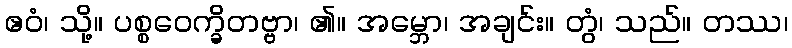
ဧဝံ၊ သို့။ ပစ္စဝေက္ခိတဗ္ဗာ၊ ၏။ အမ္ဘော၊ အချင်း။ တွံ၊ သည်။ တဿ၊